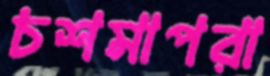
চশমাপরা